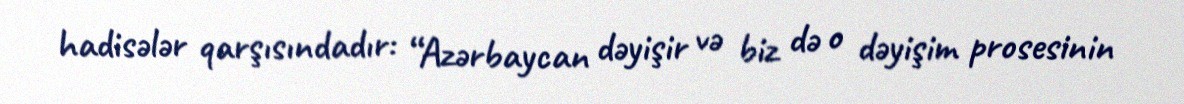
hadisələr qarşısındadır: “Azərbaycan dəyişir və biz də o dəyişim prosesinin